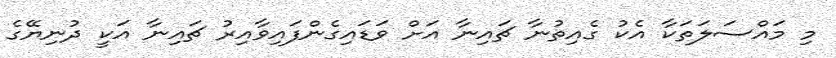
މި މައްސަލަތަކާ އެކު ގެއިތުނާ ޗައިނާ އަށް ވަޑައިގެންފައިވާއިރު ޗައިނާ އަކީ ދުނިޔޭގެ